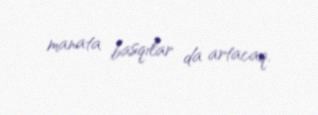
manata basqılar da artacaq.